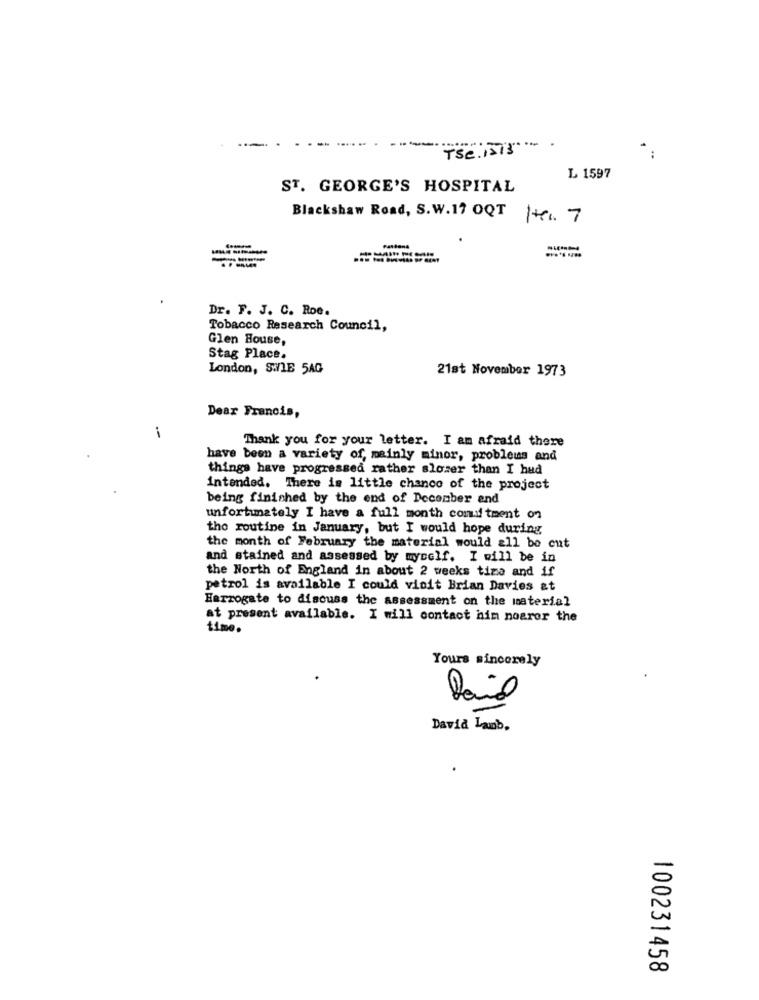
Tse 1515 ... .
L 1597
ST. GEORGE'S HOSPITAL
Blackshaw Road, S.W.17 OQT 1+1. 7
---
Dr. F. J. C. Roe.
Tobacco Research Council,
Glen House,
Stag Place.
London, SWVIE 5AG
21st November 1973
Dear Francis,
Thank you for your letter. I am afraid there
have been a variety of, mainly minor, problems and
things have progressed rather slower than I hud
intended. There is little chance of the project
being finished by the end of December and
unfortunately I have a full month comud tment on
the routine in January, but I would hope during
the month of February the material would all be cut
and stained and assessed by myself. I will be in
the North of England in about 2 weeks tima and if
petrol is available I could visit Brian Davies &t
Harrogate to discuss the assessment on the material
at present available. I will contact him noaror the
time.
Yours sincerely
David Lamb.
100231458